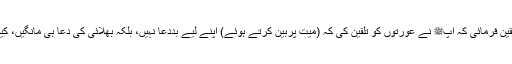
اس موقع پر آپ نے ابو سلمہؓ کے گھر کی خواتین جو رو رہی تھیں ان کو تلقین فرمائی کہ آپﷺ نے عورتوں کو تلقین کی کہ (میت پربین کرتے ہوئے) اپنے لیے بددعا نہیں، بلکہ بھلائی کی دعا ہی مانگیں، کیونکہ فرشتے میت اور اس کے اہل خانہ کی دعا یا بددعا پر آمین کہتے ہیں۔